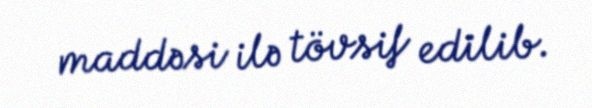
maddəsi ilə tövsif edilib.